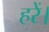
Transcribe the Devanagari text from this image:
हरें।